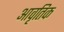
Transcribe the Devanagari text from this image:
आवृतिक